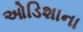
ઓડિશાના